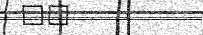
٧٢